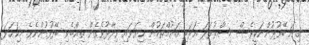
ގިނަ ބޭފުޅުންނަކީވެސް މިޞްރުފަދަ ޢަރަބި ޤައުމްތަކުން ކިޔަވައި ވިދާޅުވެގެން ތިއްބެވި ބޭފުޅުންނެވެ. މިކަހަލަ